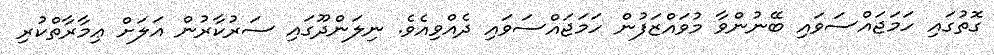
ގޮތުގައި ހަމަޖައްސަވައި ބޭނުންވާ މުވައްޒަފުން ހަމަޖައްސަވައި ދެއްވިއެވެ. ނިލަންދޫގައި ސަރުކާރުން އަލަށް ޢިމާރާތްކުރި